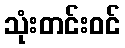
သုံးတင်းဝင်